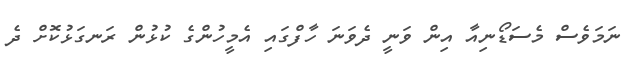
ނަމަވެސް މެސަޑޯނިއާ އިން ވަނީ ދެވަނަ ހާފްގައި އެމީހުންގެ ކުޅުން ރަނގަޅުކޮށް ދެ